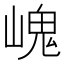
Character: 㟴